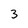
Character: 3